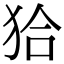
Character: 𤝰